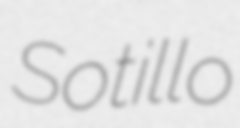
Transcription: Sotillo